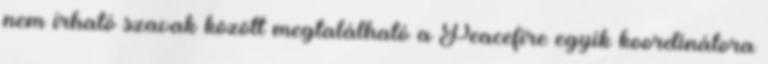
nem írható szavak között megtalálható a Peacefire egyik koordinátora